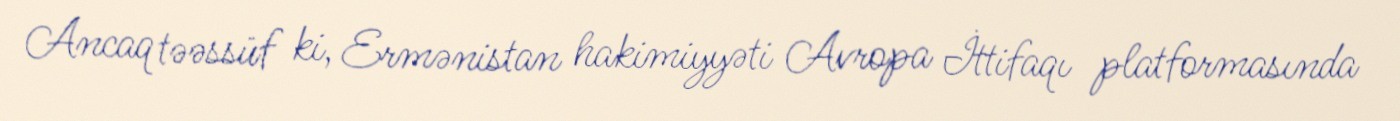
Ancaq təəssüf ki, Ermənistan hakimiyyəti Avropa İttifaqı platformasında